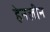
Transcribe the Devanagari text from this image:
हेनलीन